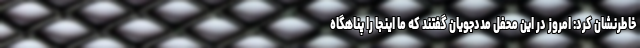
خاطرنشان کرد: امروز در این محفل مددجویان گفتند که ما اینجا را پناهگاه